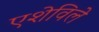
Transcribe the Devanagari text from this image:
एशेविले